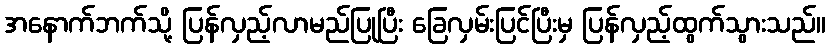
အနောက်ဘက်သို့ ပြန်လှည့်လာမည်ပြုပြီး ခြေလှမ်းပြင်ပြီးမှ ပြန်လှည့်ထွက်သွားသည်။